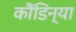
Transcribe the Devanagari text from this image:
कौंडिन्या